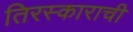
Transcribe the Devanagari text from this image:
तिरस्काराची